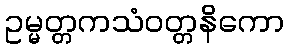
ဥမ္မတ္တကသံဝတ္တနိကော